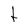
Character: t